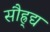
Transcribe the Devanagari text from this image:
सौह्र्द्य